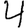
Digit: 4